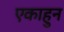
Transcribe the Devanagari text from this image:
एकाहुन